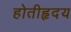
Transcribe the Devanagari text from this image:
होतीहृदय